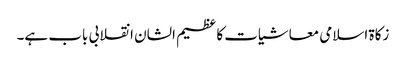
زکاة اسلامی معاشیات کا عظیم الشان انقلابی باب ہے۔